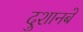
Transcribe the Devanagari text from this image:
दुशानबे